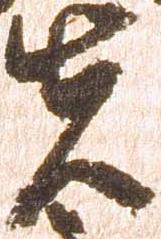
夫